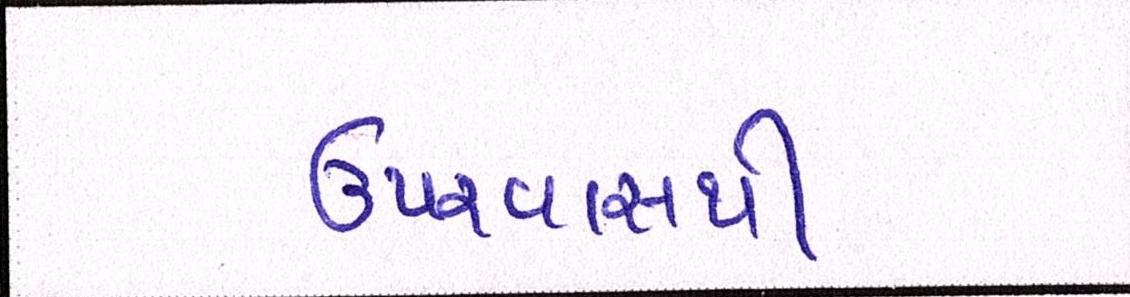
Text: ઉપરવાસથી